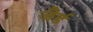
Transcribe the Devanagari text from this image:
जैर्ड